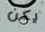
يكن